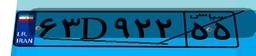
۶۳D۹۲۲۵۵